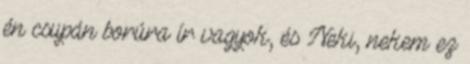
én csupán borúra ír vagyok, és Neki, nekem ez